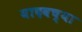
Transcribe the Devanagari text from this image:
यादवच्या